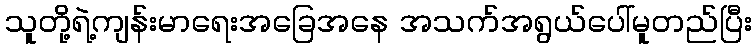
သူတို့ရဲ့ကျန်းမာရေးအခြေအနေ အသက်အရွယ်ပေါ်မူတည်ပြီး